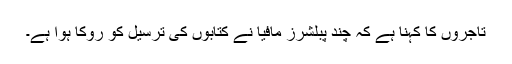
تاجروں کا کہنا ہے کہ چند پبلشرز مافیا نے کتابوں کی ترسیل کو روکا ہوا ہے۔